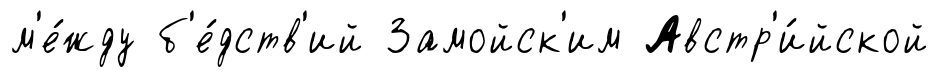
м'е́жду б'е́дств'ий Замойск'им Австр'и́йской